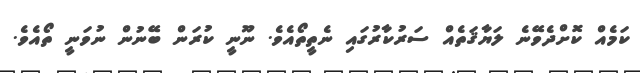
ކަމެއް ކޮށްދެވޭނެ ލަޔާޤަތެއް ސަރުކާރުގައި ނެތީތޯއެވެ. ނޫނީ ކުރަން ބޭނުން ނުވަނީ ތޯއެވެ.